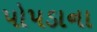
પોપડાના